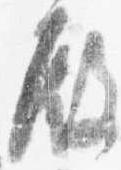
殿